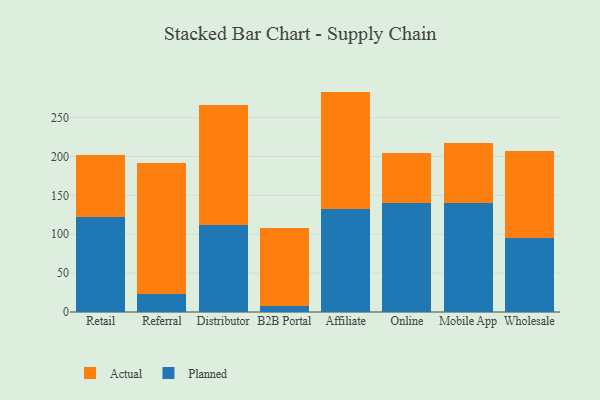
{"axis": {"x": "Channel", "y": "Operating Costs (USD K)"}, "legend": ["Actual", "Planned"], "data": [{"x": "Retail", "y": 122.6, "type": "Planned"}, {"x": "Retail", "y": 79.0, "type": "Actual"}, {"x": "Referral", "y": 23.7, "type": "Planned"}, {"x": "Referral", "y": 168.2, "type": "Actual"}, {"x": "Distributor", "y": 112.2, "type": "Planned"}, {"x": "Distributor", "y": 153.4, "type": "Actual"}, {"x": "B2B Portal", "y": 7.5, "type": "Planned"}, {"x": "B2B Portal", "y": 100.8, "type": "Actual"}, {"x": "Affiliate", "y": 132.3, "type": "Planned"}, {"x": "Affiliate", "y": 151.1, "type": "Actual"}, {"x": "Online", "y": 139.6, "type": "Planned"}, {"x": "Online", "y": 65.1, "type": "Actual"}, {"x": "Mobile App", "y": 140.8, "type": "Planned"}, {"x": "Mobile App", "y": 76.4, "type": "Actual"}, {"x": "Wholesale", "y": 94.7, "type": "Planned"}, {"x": "Wholesale", "y": 112.7, "type": "Actual"}]}